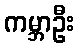
ကမ္ဘာဦး